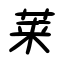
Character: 莱